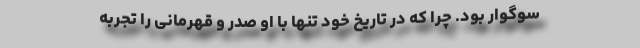
سوگوار بود. چرا که در تاریخ خود تنها با او صدر و قهرمانی را تجربه